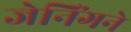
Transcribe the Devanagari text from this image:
जेनिंगने